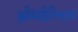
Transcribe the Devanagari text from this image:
थ्रोम्बोल्य्सिस